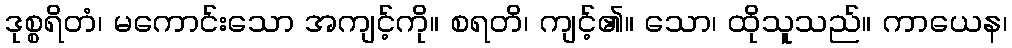
ဒုစ္စရိတံ၊ မကောင်းသော အကျင့်ကို။ စရတိ၊ ကျင့်၏။ သော၊ ထိုသူသည်။ ကာယေန၊